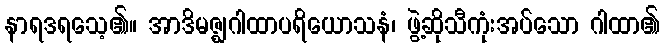
နာရဒရသေ့၏။ အာဒိမဇ္ဈဂါထာပရိယောသနံ၊ ဖွဲ့ဆိုသီကုံးအပ်သော ဂါထာ၏